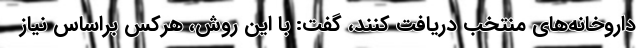
داروخانه‌های منتخب دریافت کنند، گفت: با این روش، هرکس براساس نیاز